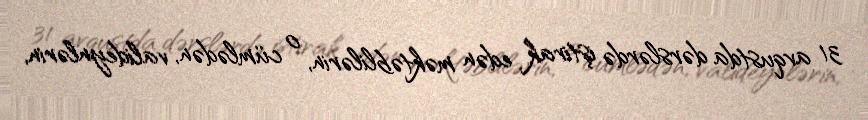
31 avqustda dərslərdə iştirak edən məktəblilərin, o cümlədən, valideynlərin,